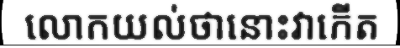
លោកយល់ថានោះវាកើត